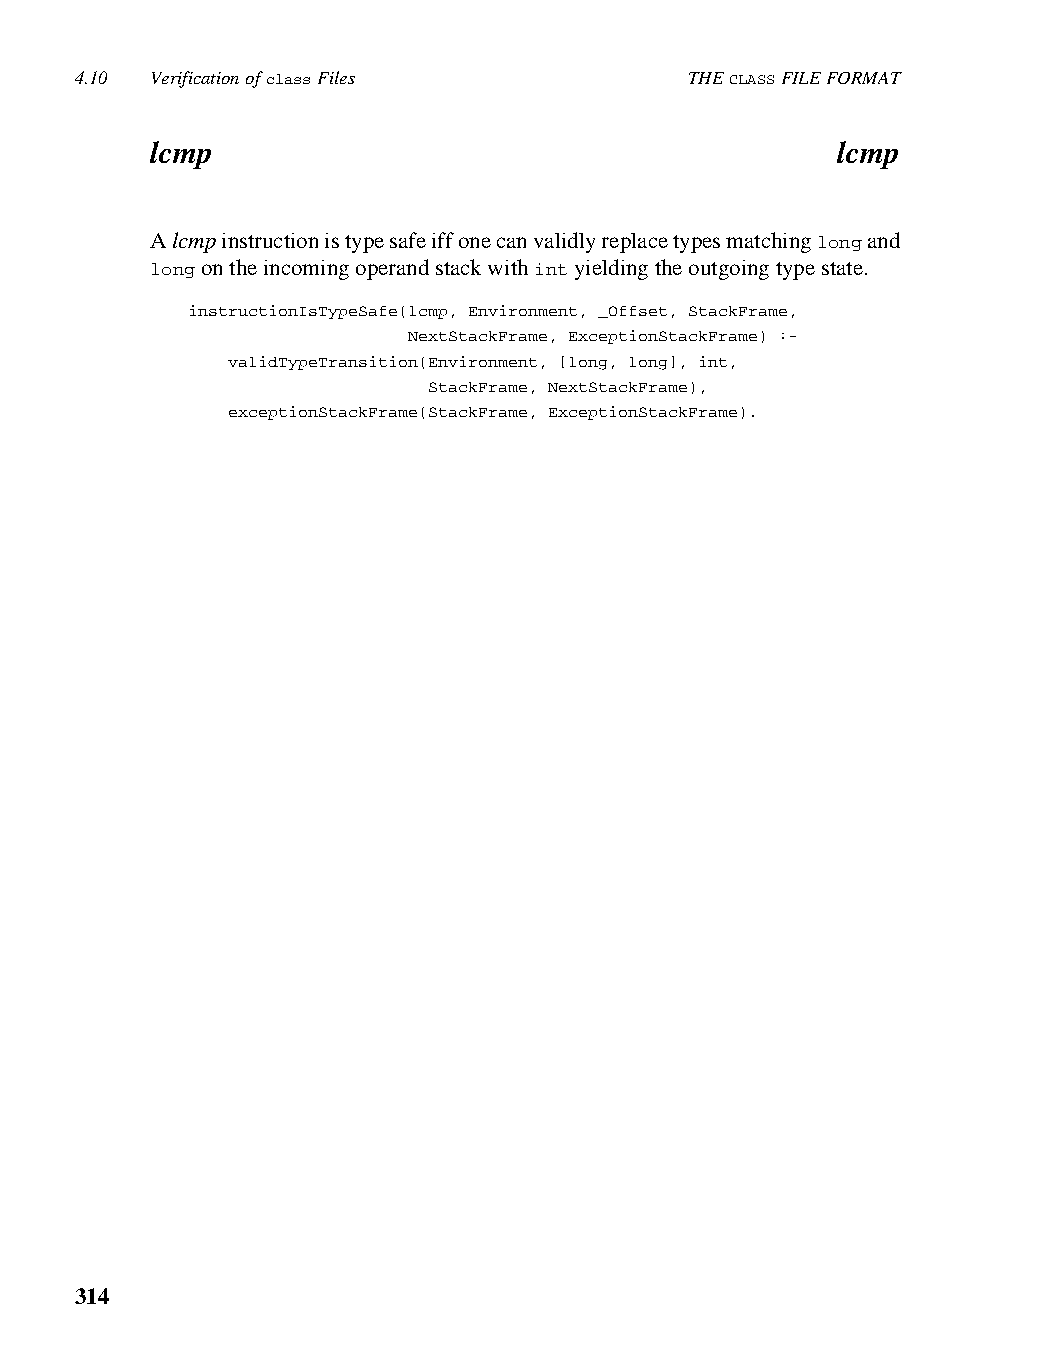
4.10 Verification of class Files         THE CLASS FILE FORMAT
 lcmp                                         lcmp
 A lcmp instruction is type safe iff one can validly replace types matching long and
 long on the incoming operand stack with int yielding the outgoing type state.
 instructionIsTypeSafe(lcmp, Environment, _Offset, StackFrame,
 NextStackFrame, ExceptionStackFrame) :-
 validTypeTransition(Environment, [long, long], int,
 StackFrame, NextStackFrame),
 exceptionStackFrame(StackFrame, ExceptionStackFrame).
 314